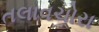
તલાવચોરા